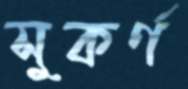
সুকর্ণ